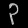
Digit: ၃